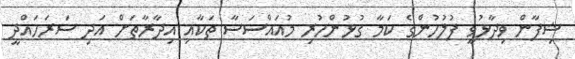
ޝިފާން ވިދާޅުވީ ފުލުހުންގެ ކަމާ ގުޅުންހުރި މުއައްސަސާ ތަކާއި އިދާރާތަށް އަދި ސަރަހައްދީ